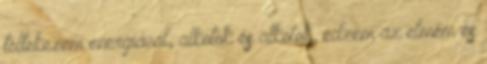
töltekezem energiával, alkotok és alkotok, edzem az elmém és